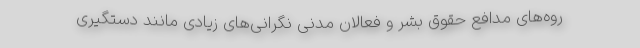
روه‌های مدافع حقوق بشر و فعالان مدنی نگرانی‌های زیادی مانند دستگیری